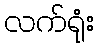
လက်ရုံး